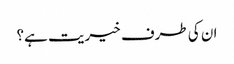
ان کی طرف خیریت ہے؟